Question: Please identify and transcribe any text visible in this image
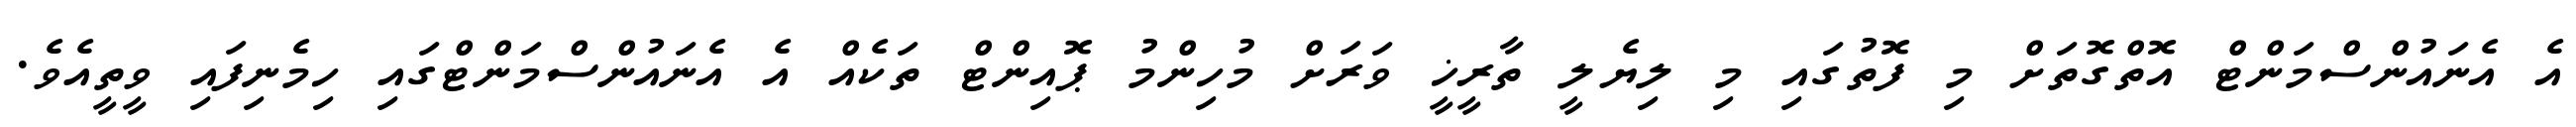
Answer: އެ އެނައުންސްމަންޓް އޮތްގޮތަށް މި ފޮތުގައި މި ލިޔެލީ ތާރީޚީ ވަރަށް މުހިންމު ޕޮއިންޓް ތަކެއް އެ އެނައުންސްމަންޓްގައި ހިމެނިފައި ވީތީއެވެ.